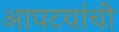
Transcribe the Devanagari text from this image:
आपटयांची